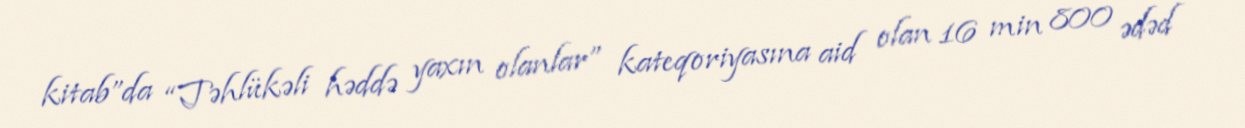
kitab”da “Təhlükəli həddə yaxın olanlar” kateqoriyasına aid olan 16 min 800 ədəd